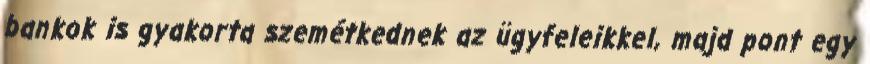
bankok is gyakorta szemétkednek az ügyfeleikkel, majd pont egy